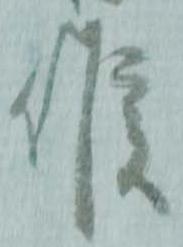
候